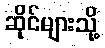
ဆိုင်များသို့